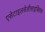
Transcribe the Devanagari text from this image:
एसेटाइलसेलीसाइक्लिक